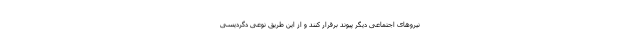
نیروهای اجتماعی دیگر پیوند برقرار کنند و از این طریق نوعی دگردیسی